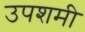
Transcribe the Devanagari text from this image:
उपशमी